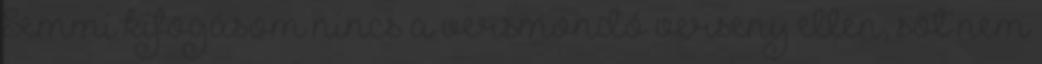
Semmi kifogásom nincs a versmondó verseny ellen, sőt nem